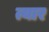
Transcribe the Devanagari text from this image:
त्यार